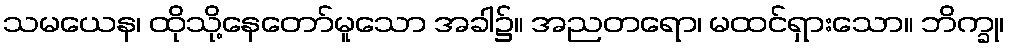
သမယေန၊ ထိုသို့နေတော်မူသော အခါ၌။ အညတရော၊ မထင်ရှားသော။ ဘိက္ခု၊